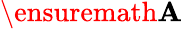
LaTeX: \ensuremath{\mathbf{A}}